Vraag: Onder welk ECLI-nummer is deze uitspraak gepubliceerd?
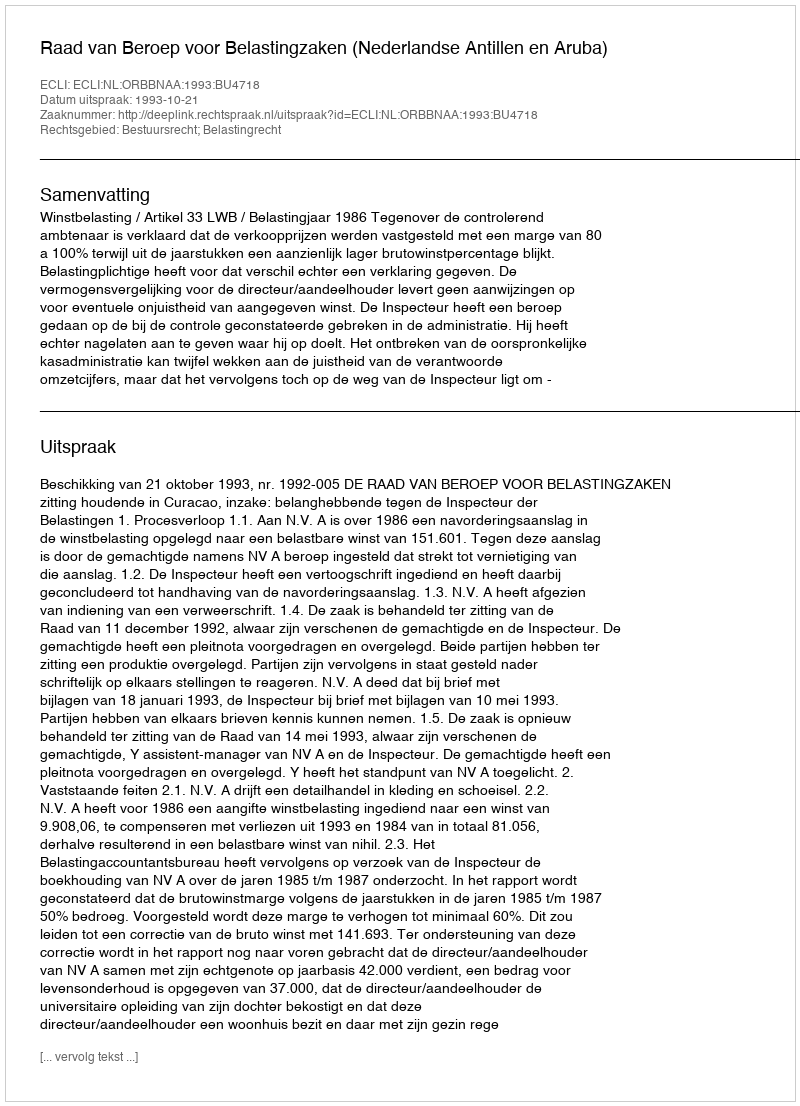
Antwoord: ECLI:NL:ORBBNAA:1993:BU4718